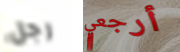
رجل أرجعي